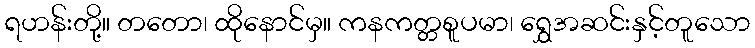
ရဟန်းတို့။ တတော၊ ထိုနောင်မှ။ ကနကတ္တစူပမာ၊ ရွှေအဆင်းနှင့်တူသော